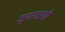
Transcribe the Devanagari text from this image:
जुनागडशी